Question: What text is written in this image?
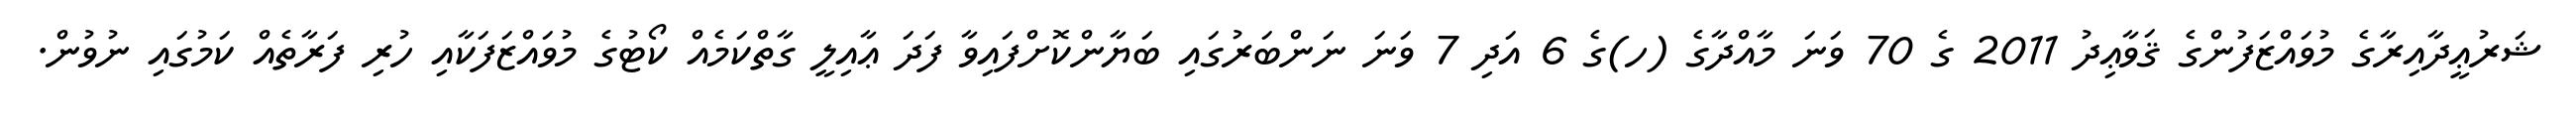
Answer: ޝަރުޢީދާއިރާގެ މުވައްޒަފުންގެ ޤަވާޢިދު 2011 ގެ 70 ވަނަ މާއްދާގެ (ހ)ގެ 6 އަދި 7 ވަނަ ނަންބަރުގައި ބަޔާންކޮށްފައިވާ ފަދަ ޢާއިލީ ގާތްކަމެއް ކޯޓުގެ މުވައްޒަފަކާއި ހުރި ފަރާތެއް ކަމުގައި ނުވުން.